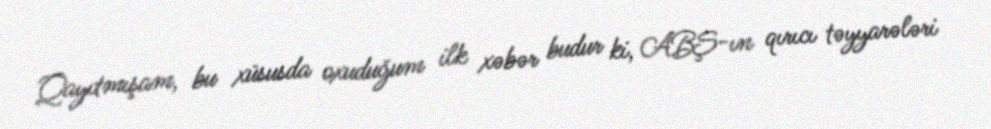
Qayıtmışam, bu xüsusda oxuduğum ilk xəbər budur ki, ABŞ-ın qırıcı təyyarələri